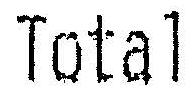
TOTAL